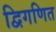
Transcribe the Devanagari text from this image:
द्विगणित